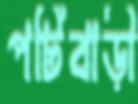
পটিবাড়ী